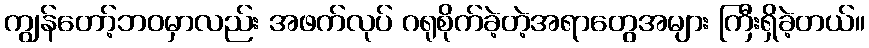
ကျွန်တော့်ဘဝမှာလည်း အဖက်လုပ် ဂရုစိုက်ခဲ့တဲ့အရာတွေအများ ကြီးရှိခဲ့တယ်။